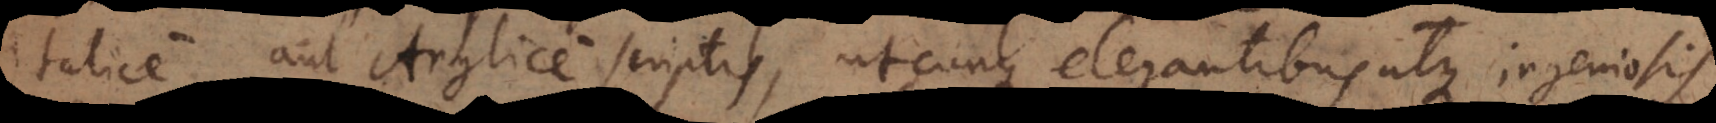
Italice aut Anglice scriptis, utcunque elegantibus atque